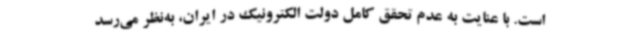
است. با عنایت به عدم تحقق کامل دولت الکترونیک در ایران، به‌نظر می‌رسد